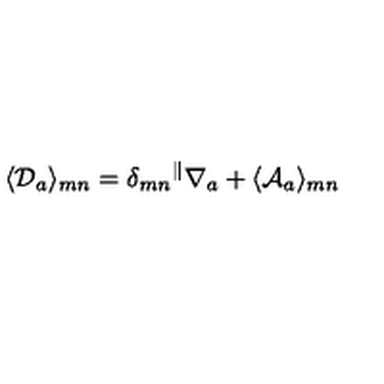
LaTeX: \langle { \cal D } _ { a } \rangle _ { m n } = \delta _ { m n } { } ^ { \parallel } \nabla _ { a } + \langle { \cal A } _ { a } \rangle _ { m n }